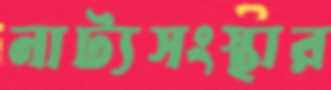
নাট্যসংস্থার